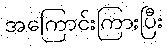
အကြောင်းကြားပြီး